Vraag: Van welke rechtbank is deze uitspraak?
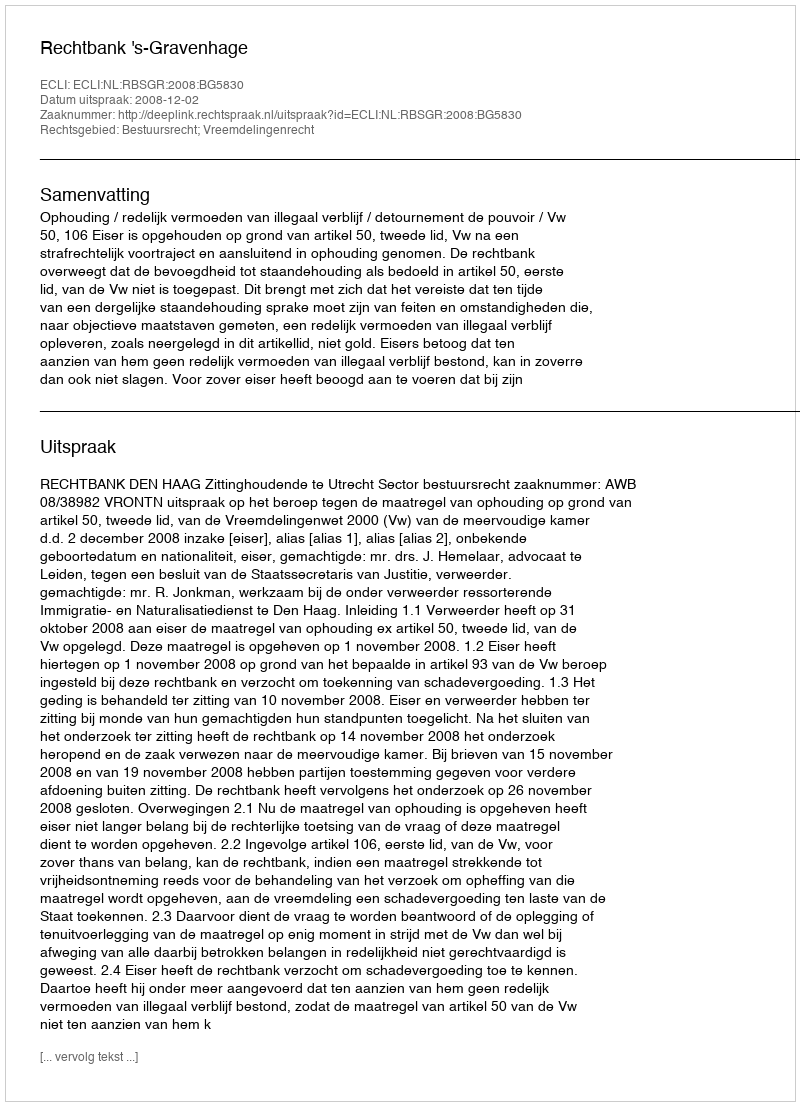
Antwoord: Rechtbank 's-Gravenhage